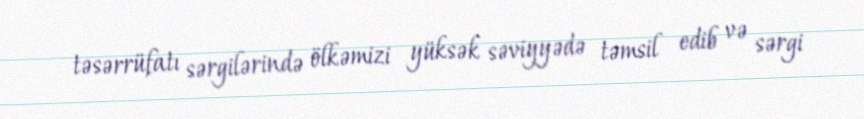
təsərrüfatı sərgilərində ölkəmizi yüksək səviyyədə təmsil edib və sərgi